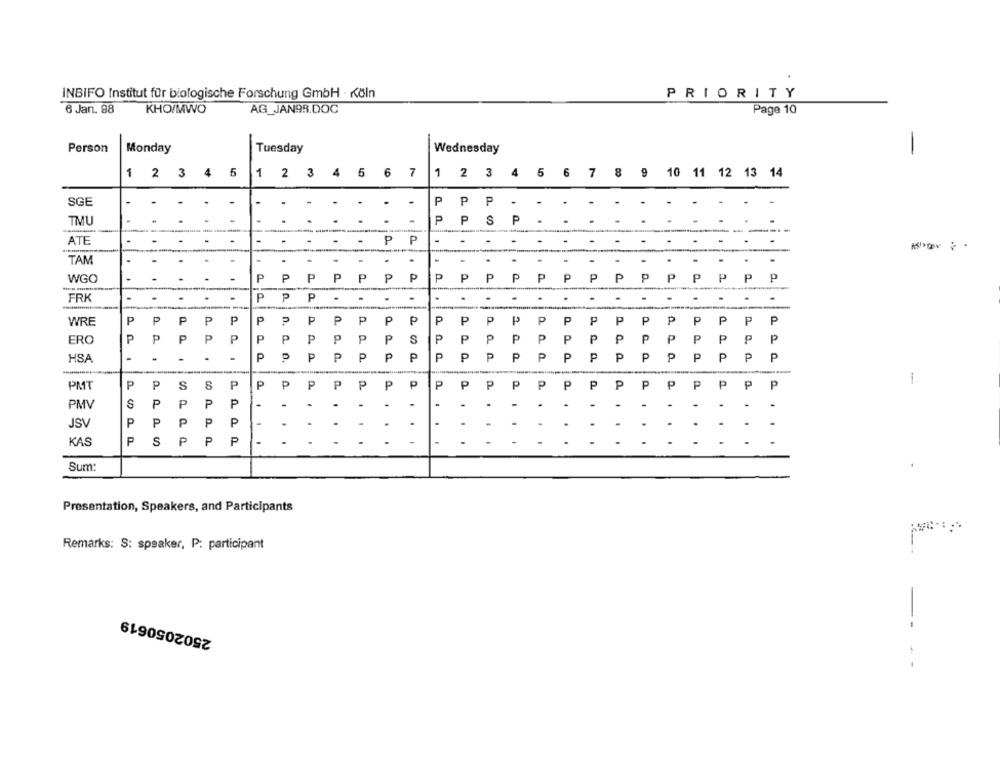
INBIFO Institut für biologische Forschung GmbH · Köln
PRIORITY
6 Jan. 98
KHO/MWO
AG_JAN9R.DOC
Page 10
Person
Monday
Tuesday
Wednesday
-
1 2 3 4 5
1 2 3 4 5 6 7
1 2 3 4 5 6 7 8 9 10 11 12 13 14
SGE
PPP
TMU
... .
PPS P . . . .
ATE
.
P P
.
.
.
.
.
.
.
.
.
-
.
-
TAM
.
.
WGO
PP PPPPP
P
PP
PF
P
P
pp pp pp
P
p
FRK
P
P
P
.
.
.
.
.
.
.
P
P
P
P
P
P
P
P
P
P
P
P
P
P
P
P
WRE
P
n.
PPP
P
P
P
P
ERO
P
P
P
P
P
P
P
P
P
P
P
00
P
P
P
P
P
P
P
P
P
P
P
P
P
HSA
-
.
P
P
P
P
P
P
P
P
P
P
P
P
P
P
P
P
P
P
P
P
PMT
P
P
S
S
P
P
P
P
P
P
P
P
P
P
P
P
P
P
P
P
P
P
P
P
S
P
P
P
P
.
.
-
.
-
-
.
-
-
-
PMV
.
JSV
P
P
P
P
P
.
-
.
.
.
.
.
KAS
P
S
P
P
P
....
-
..
-
.
Sum:
Presentation, Speakers, and Participants
Remarks: S: speaker, P: participant
2502050619
--
- -